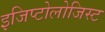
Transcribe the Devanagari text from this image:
इजिप्टोलोजिस्ट